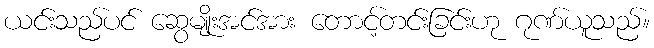
ယင်းသည်ပင် ဆွေမျိုးအင်အား တောင့်တင်းခြင်းဟု ဂုဏ်ယူသည်။